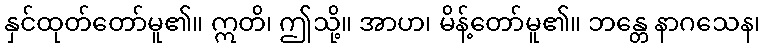
နှင်ထုတ်တော်မူ၏။ ဣတိ၊ ဤသို့။ အာဟ၊ မိန့်တော်မူ၏။ ဘန္တေ နာဂသေန၊